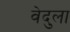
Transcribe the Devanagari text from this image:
वेदुला